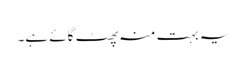
یہ بہت منہ پھٹ گائے ہے۔